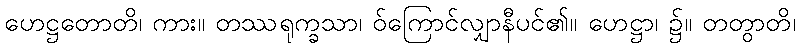
ဟေဋ္ဌတောတိ၊ ကား။ တဿရုက္ခသာ၊ ဝ်ကြောင်လျှာနီပင်၏။ ဟေဋ္ဌာ၊ ၌။ တတွာတိ၊